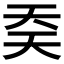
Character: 𰋟